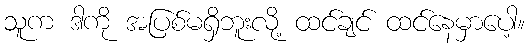
သူက ဒါကို အပြစ်မရှိဘူးလို့ ထင်ချင် ထင်နေမှာပေါ့။